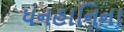
ધનહાનિના